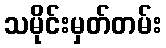
သမိုင်းမှတ်တမ်း